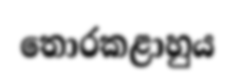
තොරකළාහුය